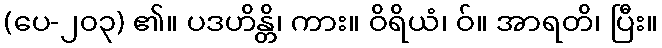
(ပေ-၂၀၃) ၏။ ပဒဟိန္တိ၊ ကား။ ဝိရိယံ၊ ဝ်။ အာရတိ၊ ပြီး။